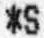
*S